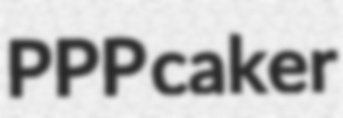
PPP caker